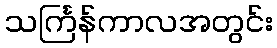
သင်္ကြန်ကာလအတွင်း